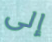
إلى